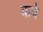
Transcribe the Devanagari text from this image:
कवे